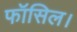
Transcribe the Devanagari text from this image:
फॉसिल।